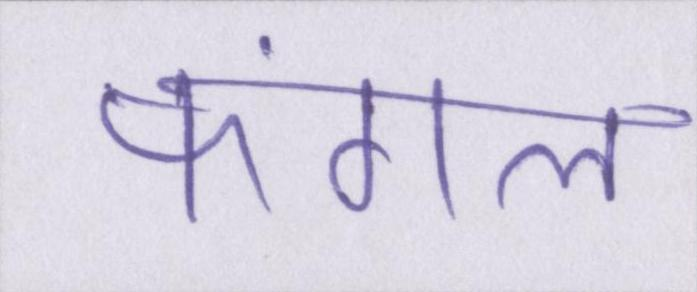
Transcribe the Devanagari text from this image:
फंगल